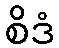
စိဒံ